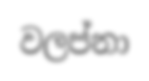
වලප්නා